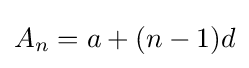
A_{n}=a+(n-1)d